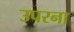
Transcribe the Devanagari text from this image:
उपरना